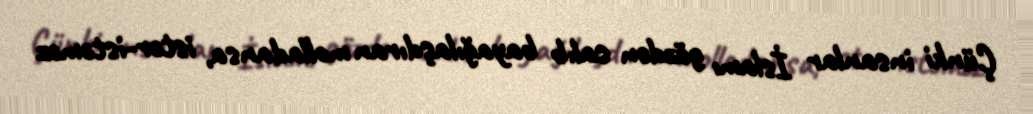
Çünki insanlar İslamı gözdən salıb bayağılaşdıran molladansa, istər-istəməz